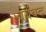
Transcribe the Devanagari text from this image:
स्वयंवद